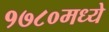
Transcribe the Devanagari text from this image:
१७८०मध्ये